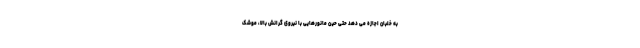
به خلبان اجازه می دهد حتی حین مانورهایی با نیروی گرانش بالا، موشک